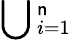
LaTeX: \bigcup{}_{i=1}^{\mathsf{n}}